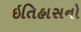
ઇતિહાસનો